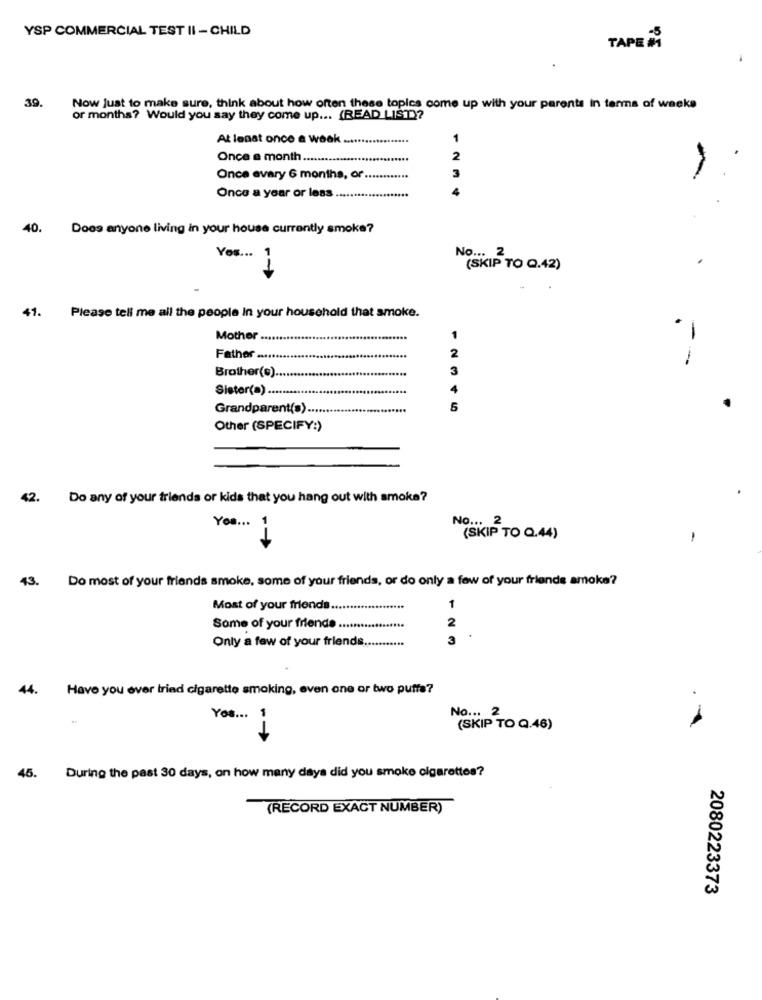
YSP COMMERCIAL TEST II - CHILD
TAPE M
39.
Now just to make sure, think about how often these topics come up with your parents in terms of weeks
or months? Would you say they come up ... (READ LIST)?
At least once a week
Once a month ....
Once avary 6 months, or
1234
Once a year or less ..
40.
Does anyone living in your house currently smoke?
Yes ... 1
No ...
.
(SKIP TO Q.42)
41. Please tell me all the people In your household that smoke.
Mother .....
Father
2
3
Brother(s).
Sister(a) ..........
Grandparent(s) ..
2345
Other (SPECIFY:)
42.
Do any of your friends or kids that you hang out with smoke?
No ... 2
Yos ...
(SKIP TO Q.44)
1
Do most of your friends smoke, some of your friends, or do only a few of your friends amoka?
43.
Most of your friends .....
1
2
Some of your friends .
Only a few of your friends.
3
44.
Have you ever tried cigarette smoking, even one or two puffs?
Yos ... 1
No ... 2
. .
(SKIP TO Q.46)
--
45.
During the past 30 days, on how many days did you smoke cigarettes?
(RECORD EXACT NUMBER)
2080223373